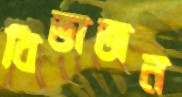
বিভাজন